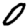
Digit: 0